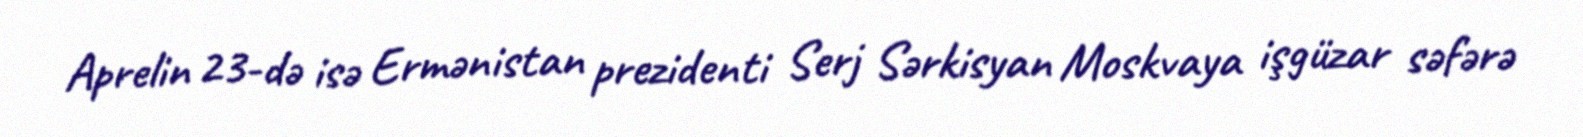
Aprelin 23-də isə Ermənistan prezidenti Serj Sərkisyan Moskvaya işgüzar səfərə